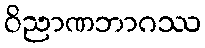
ဝိညာဏဘာဂဿ